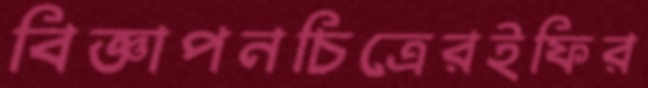
বিজ্ঞাপনচিত্রেরইফির